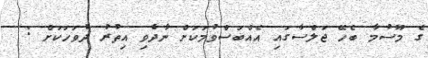
ގެ މޫސުމާ ބެހޭ ޖަލްސާގައި އެއްބަސްވުމަކަށް ނާދެވި އިތުރު ދުވަހަކަށް :